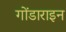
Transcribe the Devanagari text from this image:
गोंडाराइन